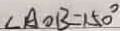
\angle A O B = 1 5 0 ^ { \circ }